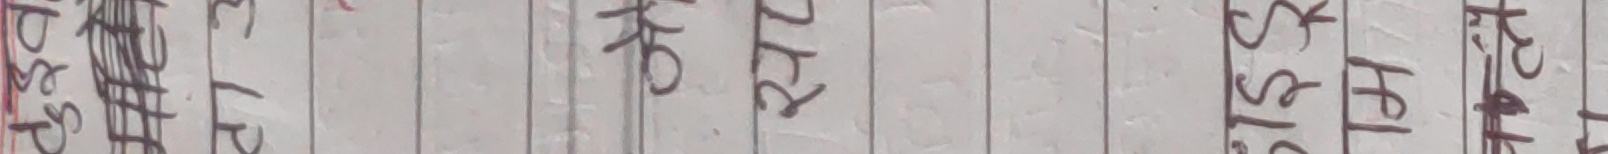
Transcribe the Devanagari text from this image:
पडासरप परीलयक केटर टाल्कस सिस्टर फ्रिज पम्प